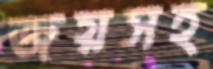
জয়সহ